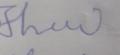
Signature authenticity: forged